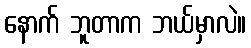
နောက် ဘူတာက ဘယ်မှာလဲ။